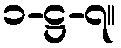
၁-ဋ္ဌ-၇။